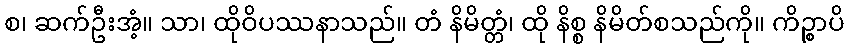
စ၊ ဆက်ဦးအံ့။ သာ၊ ထိုဝိပဿနာသည်။ တံ နိမိတ္တံ၊ ထို နိစ္စ နိမိတ်စသည်ကို။ ကိဉ္စာပိ